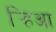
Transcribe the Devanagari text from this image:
र्‍हिआ